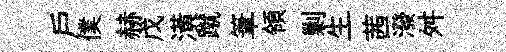
戸僕赫戊潢蹴筆領剿生茜潑舛